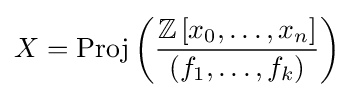
X=\operatorname {Proj} \left({\frac {\mathbb {Z} \left[x_{0},\ldots ,x_{n}\right]}{\left(f_{1},\ldots ,f_{k}\right)}}\right)